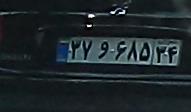
۳۷و۶۸۵۳۴